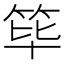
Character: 筚